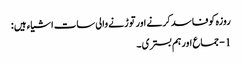
روزہ کوفاسد کرنے اورتوڑنے والی سات اشیاء ہیں :
1 - جماع اورہم بستری ۔